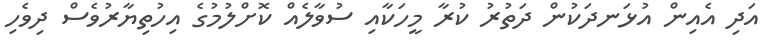
އަދި އެއިން އުޅަނދަކުން ދަތުރު ކުރާ މީހަކާއި ސުވާލެއް ކޮށްލުމުގެ އިހުތިޔާރުވެސް ދިވެހި